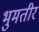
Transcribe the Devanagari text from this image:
भुमतीर